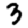
Digit: 3